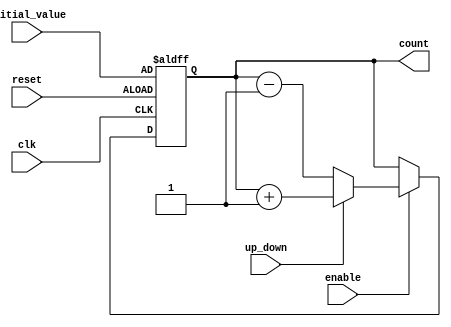
module UpDownCounter (
    input wire clk,
    input wire reset,
    input wire up_down,
    input wire enable,
    input wire [7:0] initial_value,
    output reg [7:0] count
);

reg [7:0] state;

always @(posedge clk or posedge reset) begin
    if (reset)
        state <= initial_value;
    else if (enable) begin
        if (up_down)
            state <= state + 1;
        else
            state <= state - 1;
    end
end

assign count = state;

endmodule